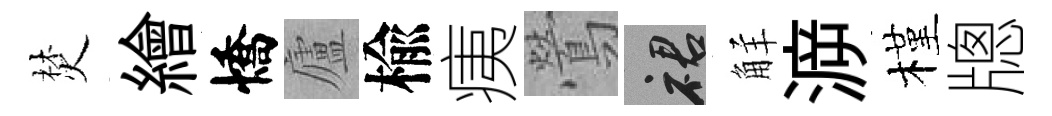
焚繪憍廬楡痍鶯裙觧㴑槿牕